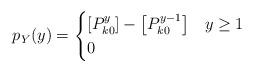
LaTeX: \begin{align*}p_{Y}(y)=\begin{cases}\left[P_{k0}^{y}\right]-\left[P_{k0}^{y-1}\right] & y\geq1\\0 & \end{cases}\end{align*}